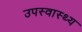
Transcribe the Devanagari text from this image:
उपस्‍वास्‍थ्‍य